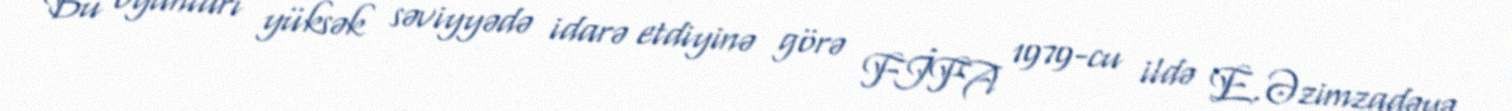
Bu oyunları yüksək səviyyədə idarə etdiyinə görə FİFA 1979-cu ildə E.Əzimzadəyə